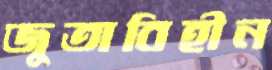
জুতাবিহীন